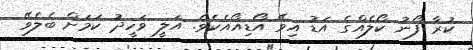
ކުރާ ފޯނު ކޯލެއްގެ އަޑު އިވޭ އޯޑިއޯއެކެވެ. އަލީ ވަހީދު ކަމަށް ބެލެވޭ